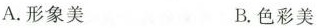
A. 形象美 B. 色彩美